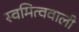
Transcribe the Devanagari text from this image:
स्वमित्ववाली